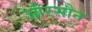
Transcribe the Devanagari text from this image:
औरसौन